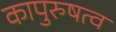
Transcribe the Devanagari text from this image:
कापुरुषत्व